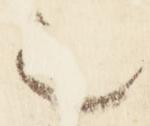
之